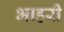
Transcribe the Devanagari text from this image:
भाहरी